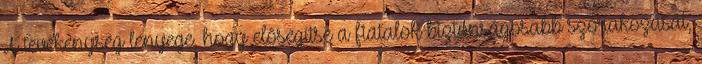
A tevékenység lényege, hogy elősegítse a fiatalok biztonságosabb szórakozását,